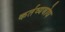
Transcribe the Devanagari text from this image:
कर्तव्यबोध